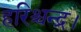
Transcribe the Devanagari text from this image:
हरिश्चन्द्र।